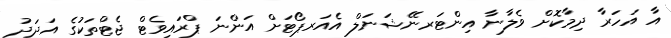
އާ އަހަރާ ދިމާކޮށް ވެލާނާ އިންޓަރނޭޝަނަލް އެއަރޕޯޓަށް އަންނަ ޕްރައިވެޓް ޖެޓްތަކުގެ އަދަދު